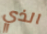
الذي